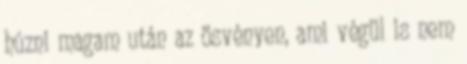
húzni magam után az ösvényen, ami végül is nem